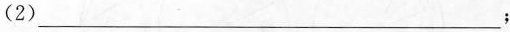
(2)___；